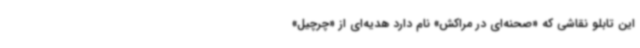
این تابلو نقاشی که «صحنه‌ای در مراکش» نام دارد هدیه‌ای از «چرچیل»